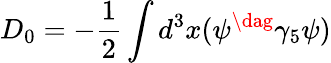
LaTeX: D_{0}=-\frac{1}{2}\int d^{3}{x}(\psi^{\dag}\gamma_{5}\psi)